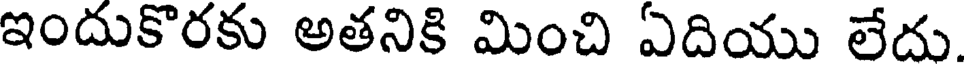
ఇందుకొరకు అతనికి మించి ఏదియు లేదు